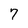
Character: 7